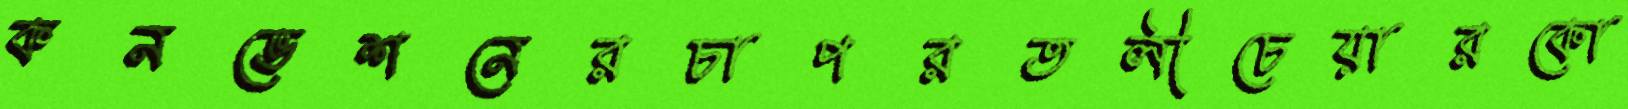
কনভেশনেরচাপরতলীচেয়ারকো